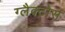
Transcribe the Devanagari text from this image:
ग्लैक्टोस